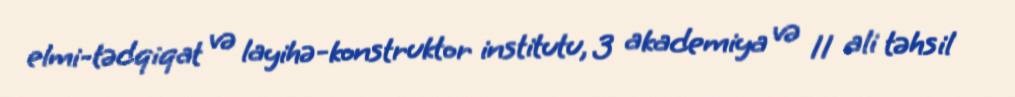
elmi-tədqiqat və layihə-konstruktor institutu, 3 akademiya və 11 ali təhsil